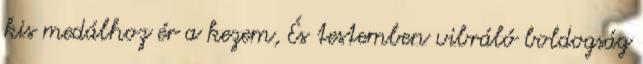
kis medálhoz ér a kezem, És testemben vibráló boldogság